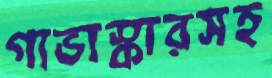
গাভাস্কারসহ